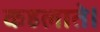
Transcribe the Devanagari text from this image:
कहलाते।